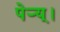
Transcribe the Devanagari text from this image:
पेर्‍य्।